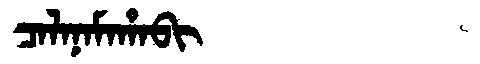
Manchu: ᠴᠠᠯᠠᠨᠠᠮᠠᡥᠠᠪᡳ
Romanization: CALANAMAHABI